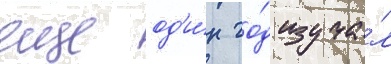
еще од'и́н го́д изуча́л